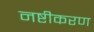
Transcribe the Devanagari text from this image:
नष्टीकरण